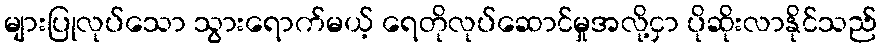
များပြုလုပ်သော သွားရောက်မယ့် ရေတိုလုပ်ဆောင်မှုအလို့ငှာ ပိုဆိုးလာနိုင်သည်